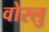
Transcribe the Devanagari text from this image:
वोस्लु